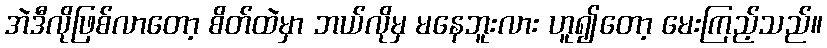
အဲဒီလိုဖြစ်လာတော့ စိတ်ထဲမှာ ဘယ်လိုမှ မနေဘူးလား ဟူ၍တော့ မေးကြည့်သည်။